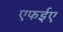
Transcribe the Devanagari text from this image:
एफईए